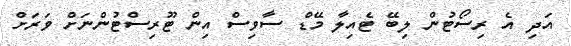
އަދި އެ ރިސޯޓުން ލިބޭ ޓެއިލާ މޭޑް ސާވިސް އިން ޓޫރިސްޓުންނަށް ވަރަށް